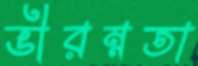
ভীরম্নতা